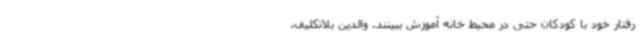
رفتار خود با کودکان حتی در محیط خانه آموزش ببینند. والدین بلاتکلیف،